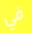
في